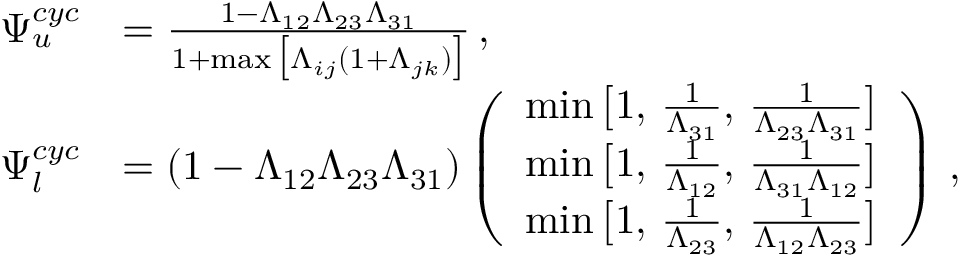
\begin{array} { r l } { \Psi _ { u } ^ { c y c } } & { = \frac { 1 - \Lambda _ { 1 2 } \Lambda _ { 2 3 } \Lambda _ { 3 1 } } { 1 + \operatorname* { m a x } \big [ \Lambda _ { i j } ( 1 + \Lambda _ { j k } ) \big ] } \, , } \\ { \Psi _ { l } ^ { c y c } } & { = ( 1 - \Lambda _ { 1 2 } \Lambda _ { 2 3 } \Lambda _ { 3 1 } ) \left( \begin{array} { l } { \operatorname* { m i n } \big [ 1 , \, \frac { 1 } { \Lambda _ { 3 1 } } , \, \frac { 1 } { \Lambda _ { 2 3 } \Lambda _ { 3 1 } } \big ] } \\ { \operatorname* { m i n } \big [ 1 , \, \frac { 1 } { \Lambda _ { 1 2 } } , \, \frac { 1 } { \Lambda _ { 3 1 } \Lambda _ { 1 2 } } \big ] } \\ { \operatorname* { m i n } \big [ 1 , \, \frac { 1 } { \Lambda _ { 2 3 } } , \, \frac { 1 } { \Lambda _ { 1 2 } \Lambda _ { 2 3 } } \big ] } \end{array} \right) \, , } \end{array}